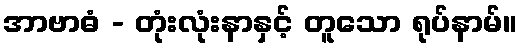
အာဗာဓံ - တုံးလုံးနာနှင့် တူသော ရုပ်နာမ်။